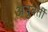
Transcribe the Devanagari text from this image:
अनुबर्ती